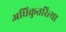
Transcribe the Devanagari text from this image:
अधिक्रुतरित्या